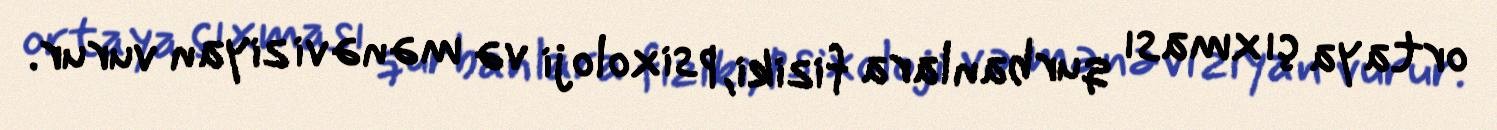
ortaya çıxması qurbanlara fiziki, psixoloji və mənəvi ziyan vurur.